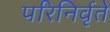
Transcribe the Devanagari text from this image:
परिनिर्वृते